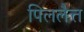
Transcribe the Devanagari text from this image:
पिललैत्त